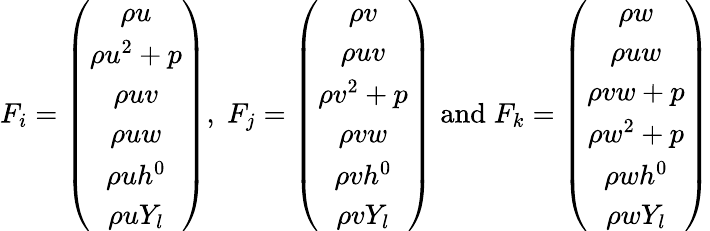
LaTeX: F_{i}=\left(\begin{array}{c}{\rho{u}}\\ {\rho{u^{2}}+p}\\ {\rho{uv}}\\ {\rho{uw}}\\ {\rho{uh^{0}}}\\ {\rho{uY_{l}}}\end{array}\right),\; F_{j}=\left(\begin{array}{c}{\rho{v}}\\ {\rho{uv}}\\ {\rho{v^{2}}+p}\\ {\rho{vw}}\\ {\rho{vh^{0}}}\\ {\rho{vY_{l}}}\end{array}\right)\; \mathrm{and}\; F_{k}=\left(\begin{array}{c}{\rho{w}}\\ {\rho{uw}}\\ {\rho{vw}+p}\\ {\rho{w^{2}}+p}\\ {\rho{wh^{0}}}\\ {\rho{wY_{l}}}\end{array}\right)